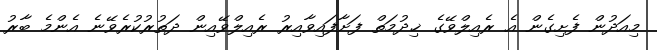
މިއަދުން ފެށިގެން އެ ރެއިލްވޭގެ ޚިދުމަތް ފަށާފައިވާއިރު ރެއިލްވޭއިން ދަތުރުކުރެވޭނެ އެންމެ ބާރު